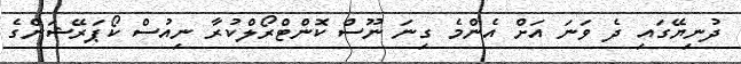
ދުނިޔޭގައި ދެ ވަނަ އަށް އެންމެ ގިނަ ނޫސް ކޮންޓްރޯލްކުރާ ނިއުސް ކޯޕަރޭޝަންގެ